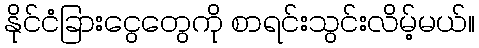
နိုင်ငံခြားငွေတွေကို စာရင်းသွင်းလိမ့်မယ်။